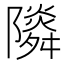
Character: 𨽃